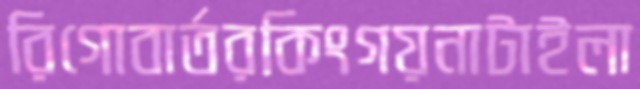
রিগোবার্তরকিংগয়নাটাইলা